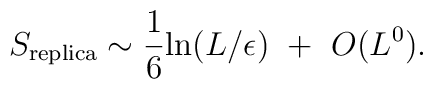
S_{\rm replica}\sim {1\over 6} {\rm ln}(L/\epsilon)~+~O(L^0).